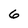
Character: 6